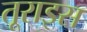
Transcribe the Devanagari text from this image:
तूराइस